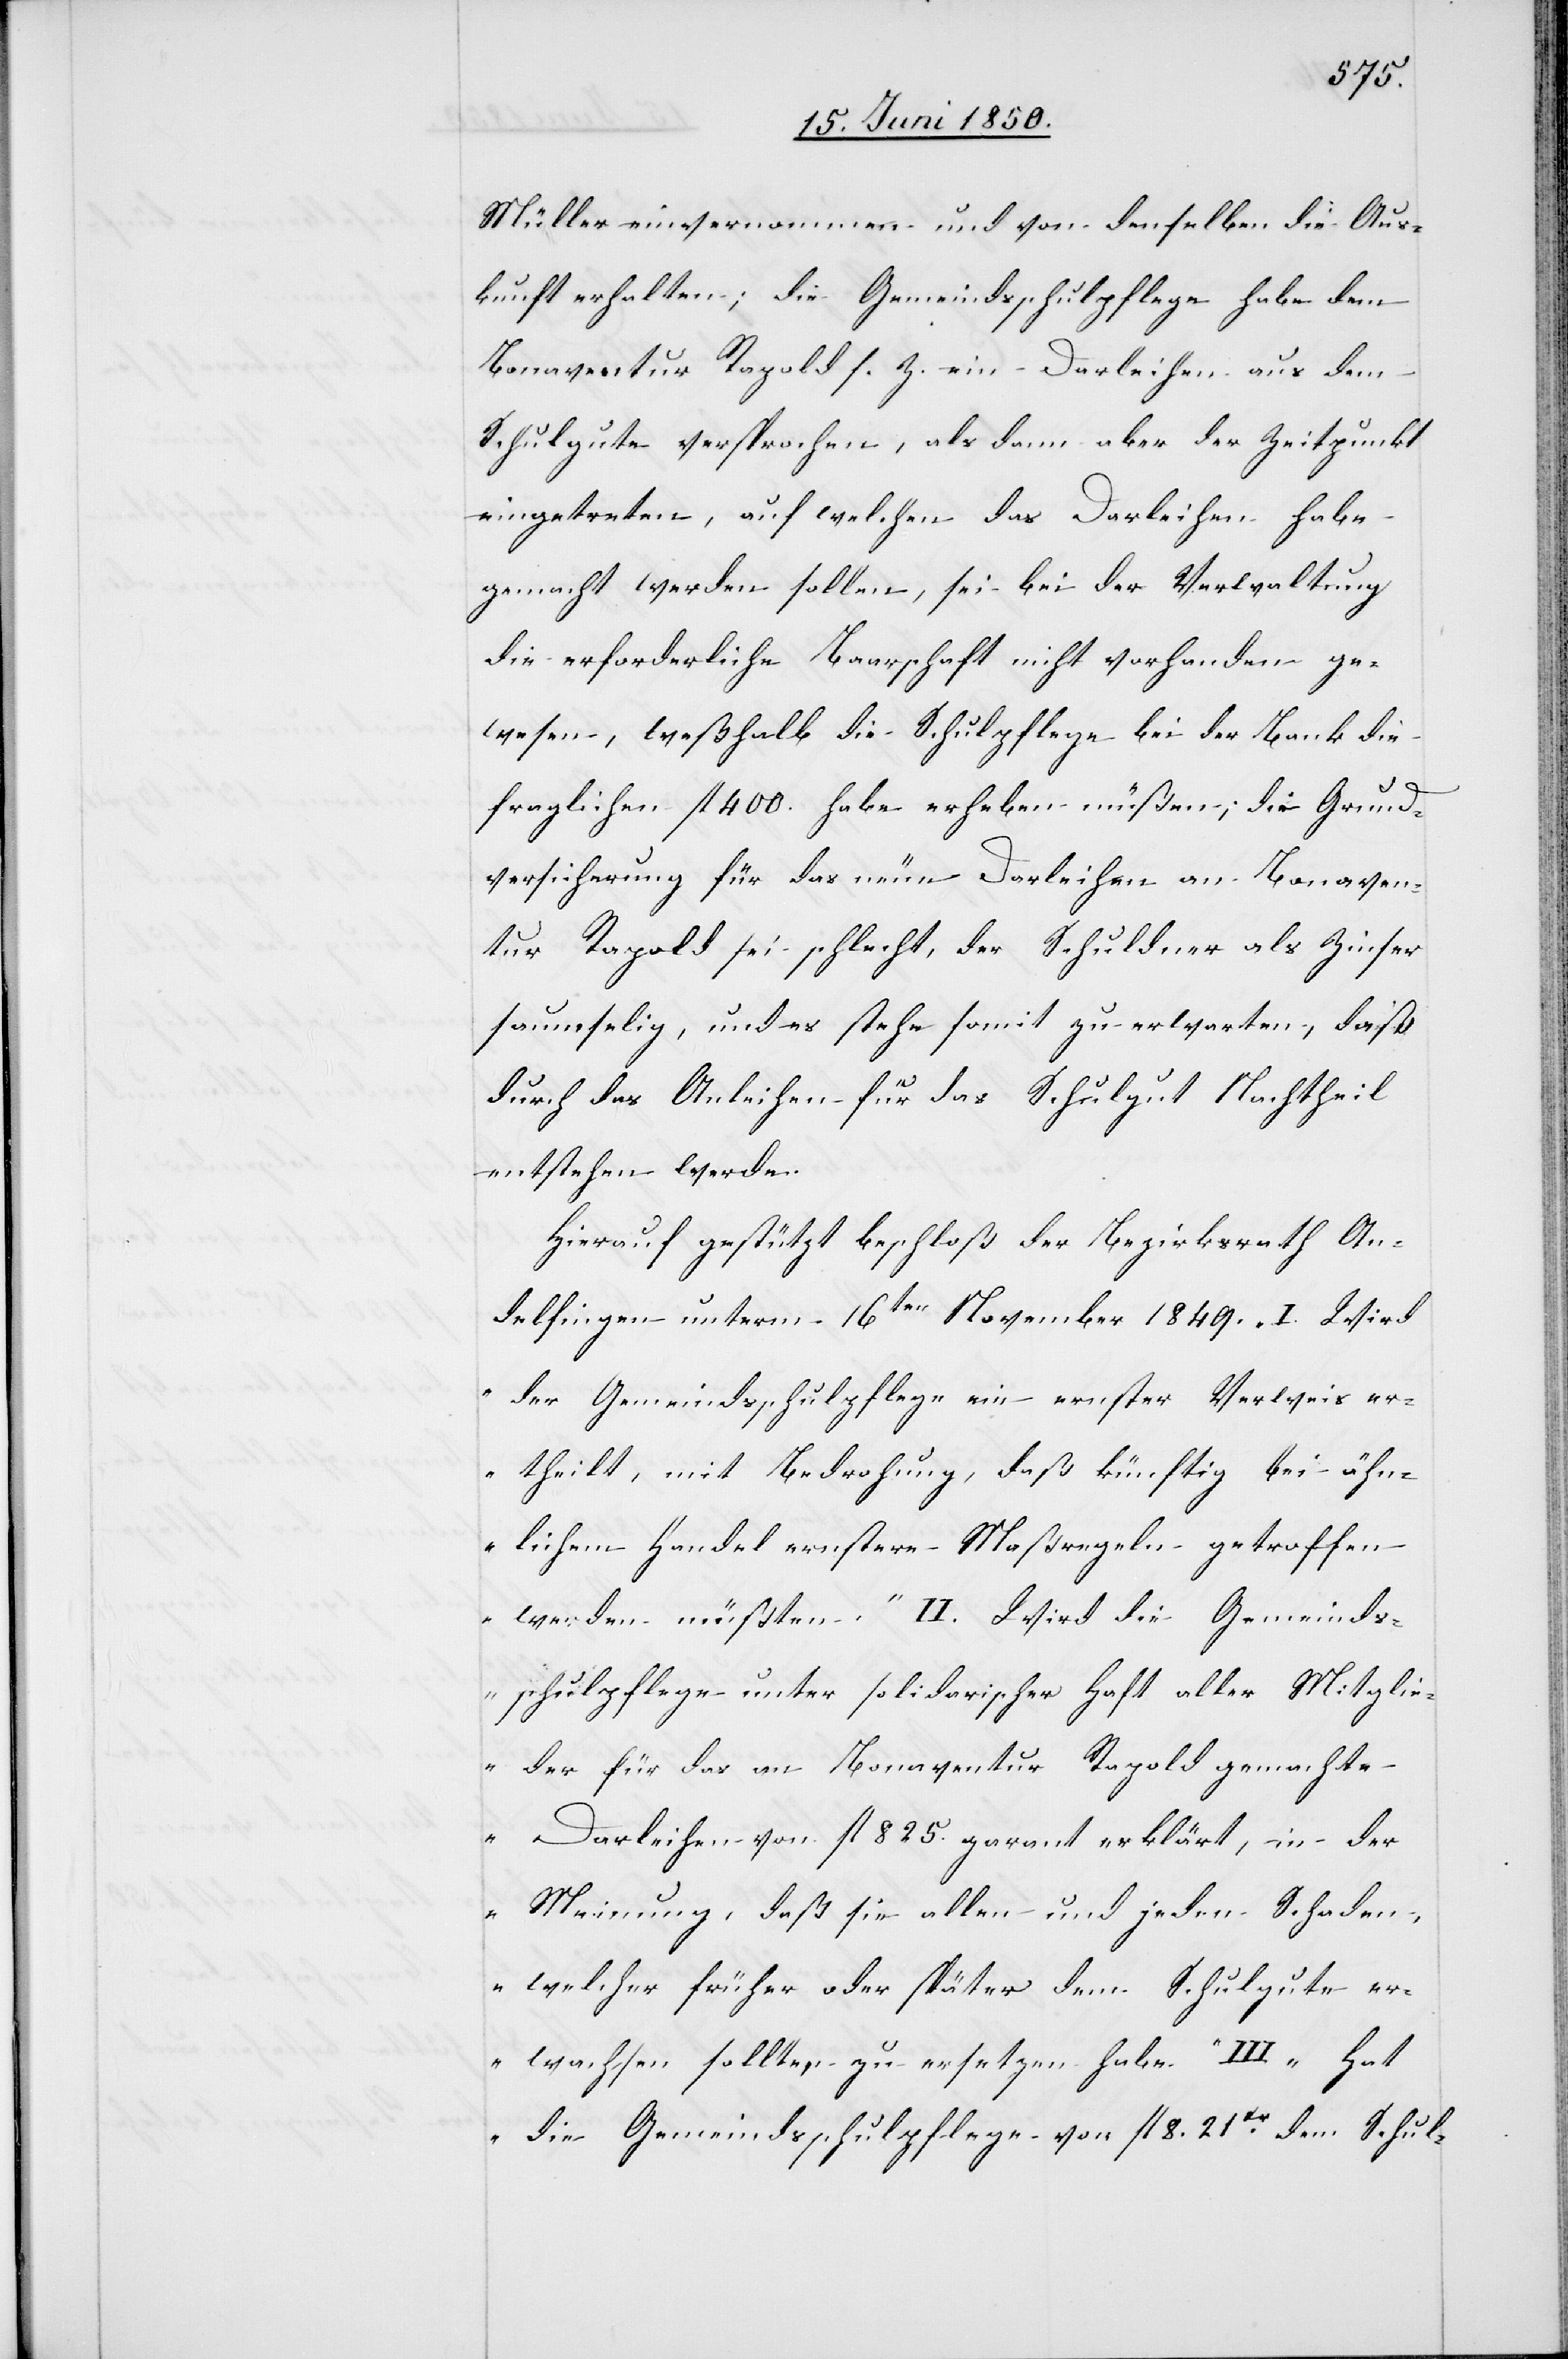
Müller einvernommen und von denselben die Aus¬
kunft erhalten; die Gemeindsschulpflege habe dem
Bonaventur Rapold s. Z. ein Darleihen aus dem
Schulgute versprochen, als dann aber der Zeitpunkt
eingetreten, auf welchen das Darleihen habe
gemacht werden sollen, sei bei der Verwaltung
die erforderliche Baarschaft nicht vorhanden ge¬
wesen, weßhalb die Schulpflege bei der Bank die
fraglichen fl 400. habe erheben müßen; die Grund¬
versicherung für das neue Darleihen an Bonaven¬
tur Rapold sei schlecht, der Schuldner als Zinser
saumselig, und es stehe somit zu erwarten, daß
durch das Anleihen für das Schulgut Nachtheil
entstehen werde.
Hierauf gestützt beschloß der Bezirksrath An¬
delfingen unterm 16ten November 1849. „I. Wird
der Gemeindsschulpflege ein ernster Verweis er¬
theilt, mit Bedrohung, daß künftig bei ähn¬
lichem Handel ernstere Maßregeln getroffen
werden müßten.“ II. [„]Wird die Gemeinds¬
schulpflege unter solidarischer Haft aller Mitglie¬
der für das an Bonaventur Rapold gemachte
Darleihen von fl 825. garant erklärt, in der
Meinung, daß sie allen und jeden Schaden,
welcher früher oder später dem Schulgute er¬
wachsen sollte, zu ersetzen habe“ III. „Hat
die Gemeindsschulpflege von fl 8. 21[?Xr] dem Schul-